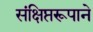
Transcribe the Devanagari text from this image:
संक्षिप्तरूपाने